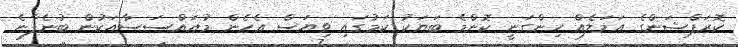
ކޮރަޕްޝަންގެ އަމަލެއް ހިންގަނީ ކޮންމެ ބަޔަކު ކަމުގައި ވިޔަސް އެހެން މުއައްސަސާއަކުން ބުނެފާނެ